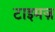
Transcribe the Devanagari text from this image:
टाइमज़